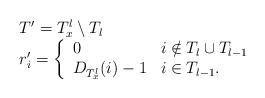
LaTeX: \begin{align*}\begin{array}{l}T'=T_x^l\setminus T_l \\r_i'=\left \{\begin{array}{ll}0 & i\notin T_l\cup T_{l-1}\\D_{T_x^l}(i)-1 & i\in T_{l-1}.\end{array}\right.\end{array}\end{align*}